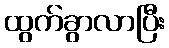
ထွက်ခွာလာပြီး